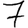
Digit: 7